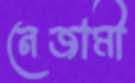
নেজামী